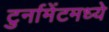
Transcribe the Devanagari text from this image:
टुर्नामेंटमध्ये